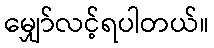
မျှော်လင့်ရပါတယ်။